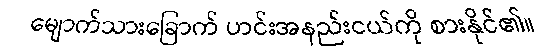
မျောက်သားခြောက် ဟင်းအနည်းငယ်ကို စားနိုင်၏။